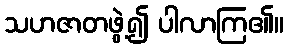
သဟဇာတဖွဲ့၍ ပါလာကြ၏။